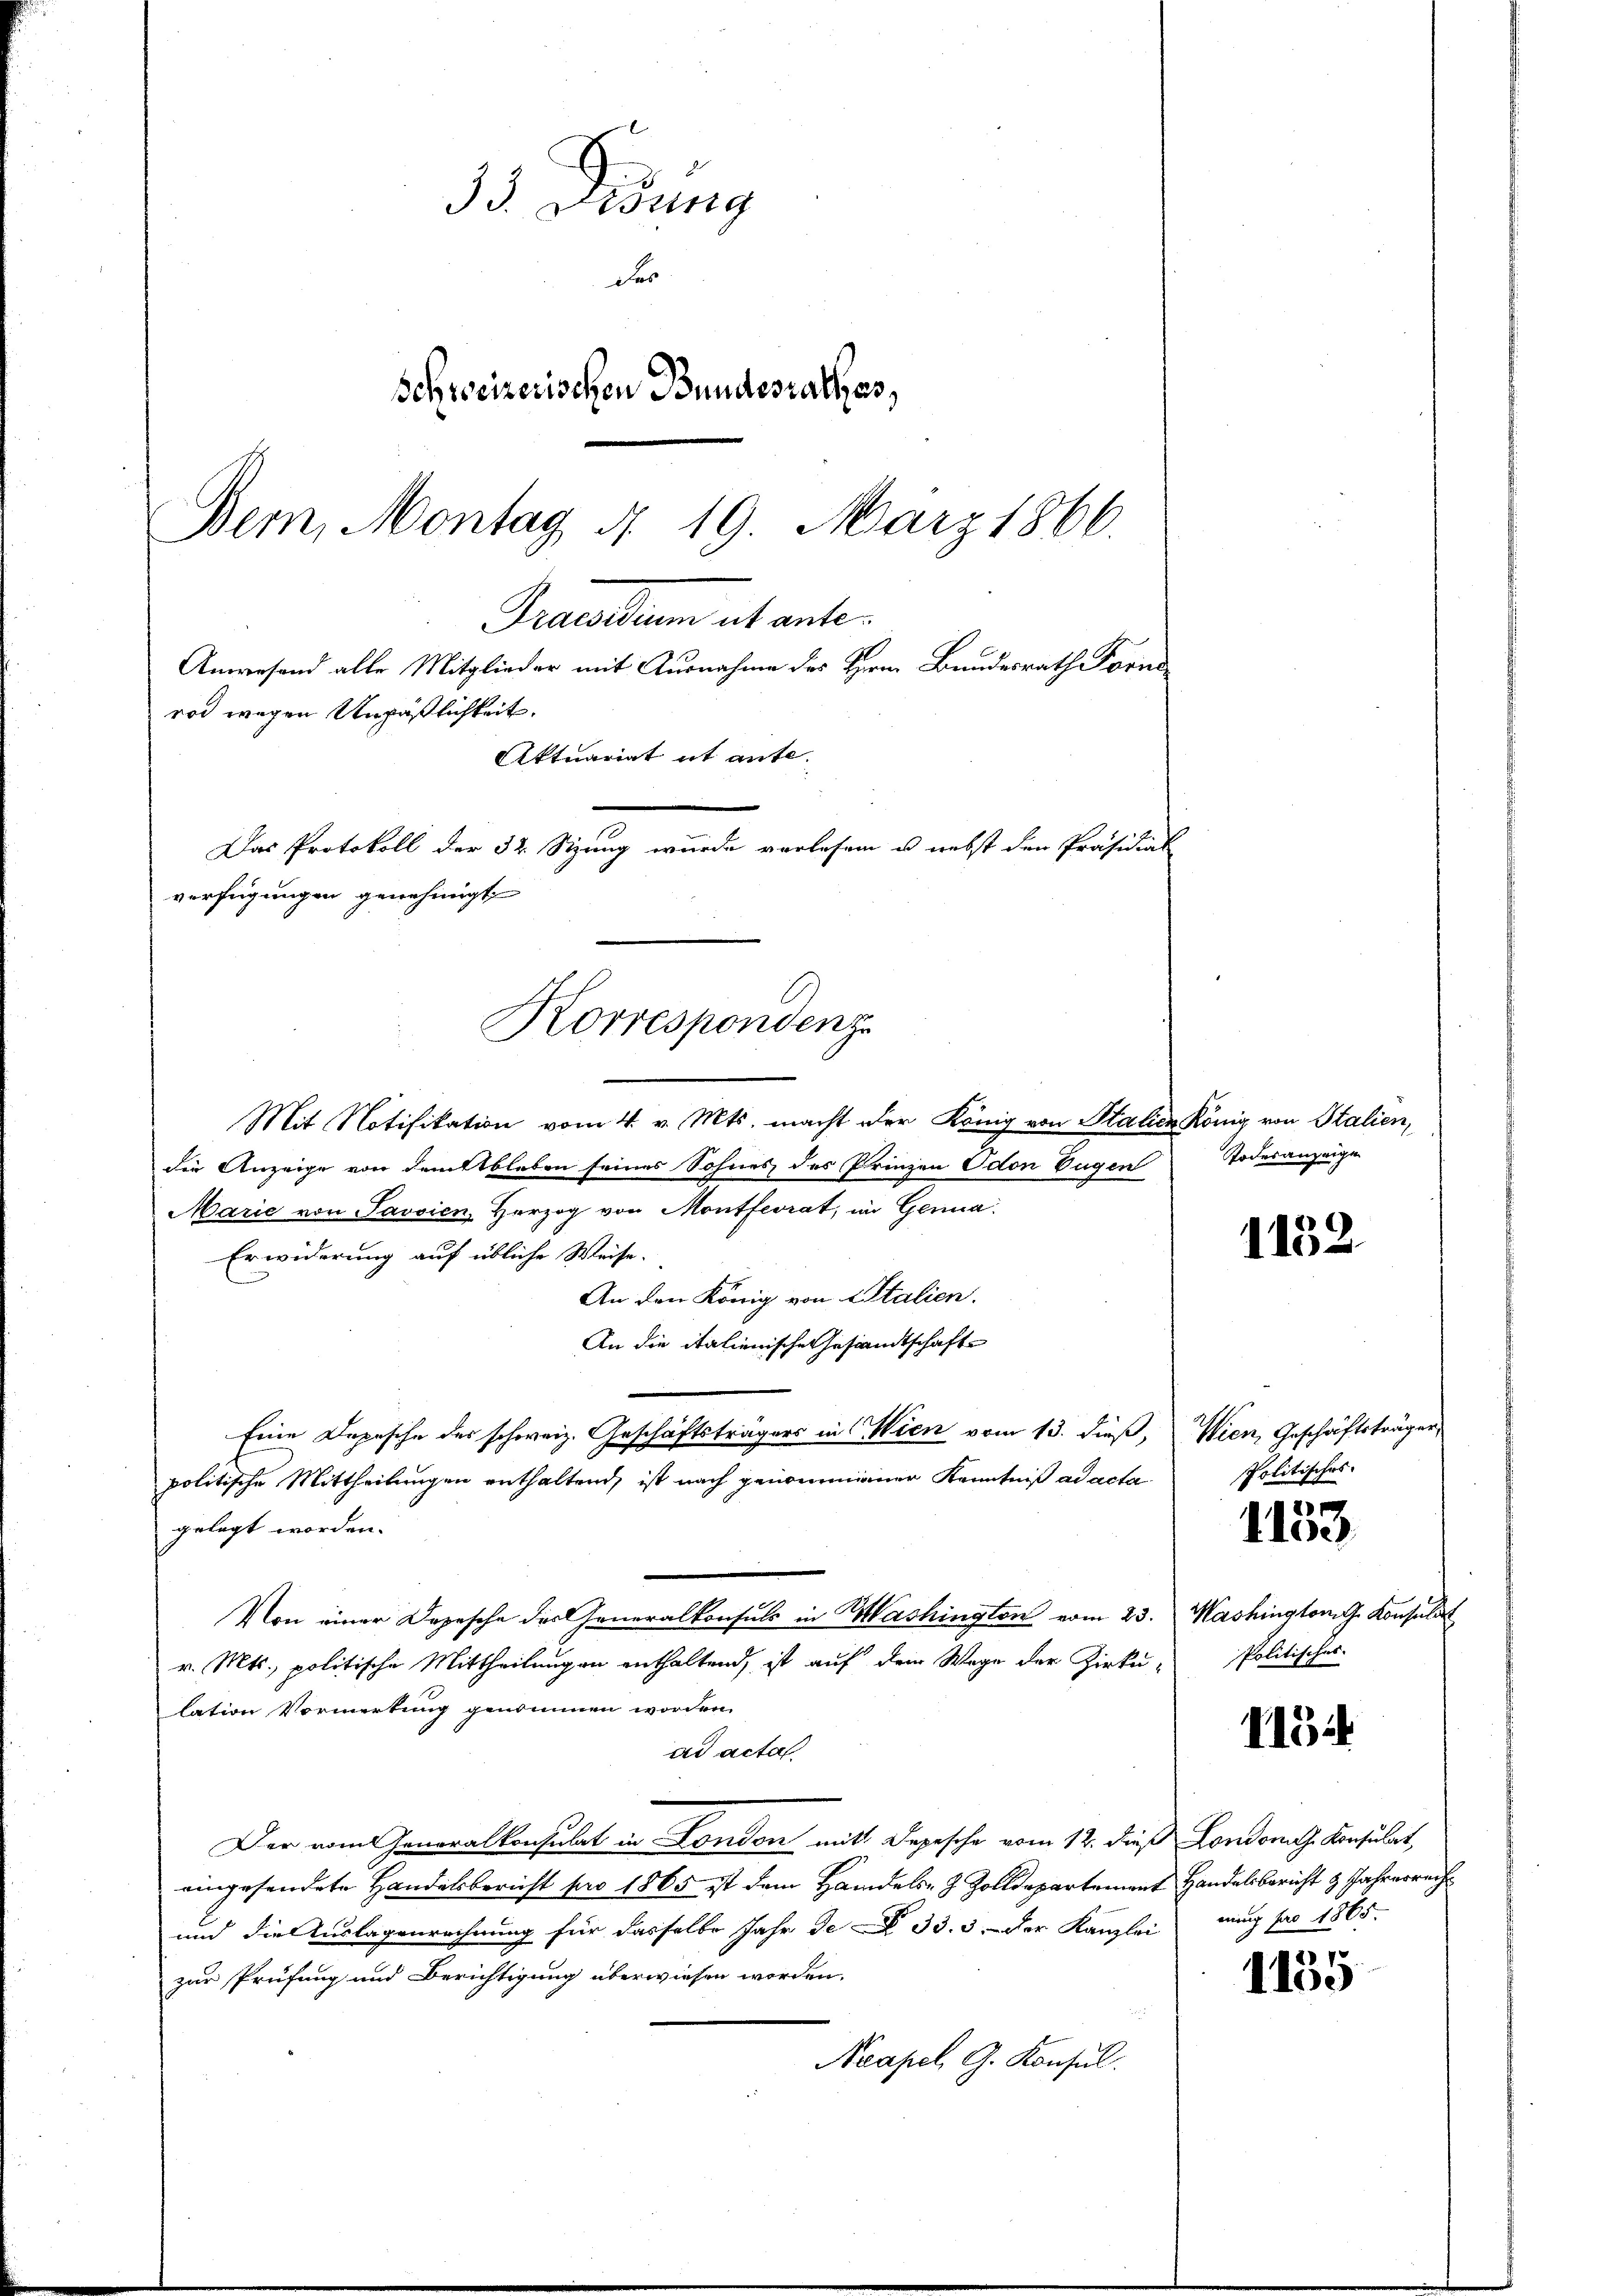
Korrespondenz

33. Desung
der
Schweizerischen Bundesrathes,
Bem, Montag 4. 19. März 1866.
Praesidium ut ante-
Anwesend alle Mitglieder mit Ausnahme des Herrn Bundesrath Forne
rod wegen Unpäßlichkeit.
Aktuariat it ante
Das Protokoll der 32 Sizung wurde vorlesen u. nebst den Präsidial
verfügungen genehmigt

Mit Notifikation vom 4. v. Mts. macht der König von Stalien König von Stalien,
die Anzeige von demttbleben seines Sohnes des Prinzen Odon Eugen
Marie von Savsien, Herzog von Montferat, im Genua
Erwiderung auf übliche Weise.
An den König von Italien.
An die italienische Gesandtschafte
Eine Depesche des schweiz. Geschäftsträgers in Wien vom 13. dieß,
politische Mittheilungen enthaltend, ist nach genommener Kenntniß ad acta
gelegt worden.
Von einer Depesche der Generalkonsuls in Mashington vom 23.
v. Mts., politische Mittheilungen enthaltend, ist auf dem Wege der Zirkulation Vormerkung genommen worden.
ad acta
Der vom Generalkonsulat in London mit Depesche vom 12. dieß
eingesendete Handelsbericht pro 1865 ist dem Handels- & Zolldepartement
und die Auslagenrechnung für dasselbe Jahr de § 33. 3. der Kanzlei
zur Prüfung und Berichtigung überwiesen worden.
Neapel, G. Konsul.

Todesanzeige

1152

Wien, Geschäftsträgen
spolitisches.

2
Iloc

Washington G. Konsulat
Politisches

II54

Londonath Konsulat
Handelsbericht 3 Jahresrech
nung pro 1865.

1135